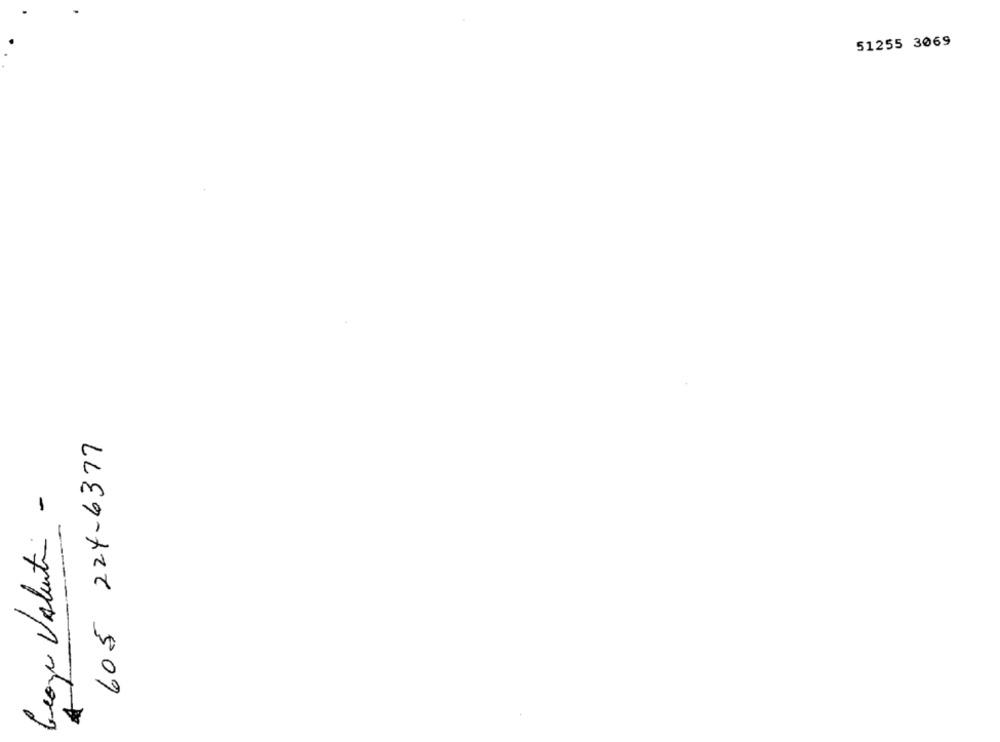
51255 3069
605 224-6377
Geoge Valentin -